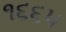
૧૬૬૫